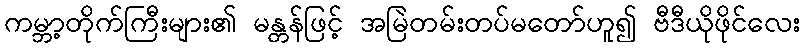
ကမ္ဘာ့တိုက်ကြီးများ၏ မန္တန်ဖြင့် အမြဲတမ်းတပ်မတော်ဟူ၍ ဗီဒီယိုဖိုင်လေး